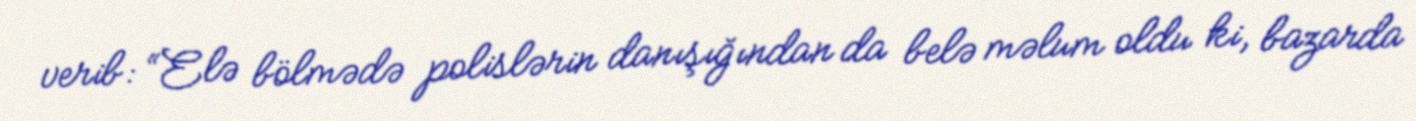
verib: “Elə bölmədə polislərin danışığından da belə məlum oldu ki, bazarda